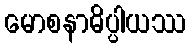
မောစနာဓိပ္ပါယဿ